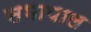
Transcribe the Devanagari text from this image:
सभापाल